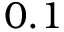
0 . 1